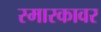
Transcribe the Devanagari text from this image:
स्मारकावर